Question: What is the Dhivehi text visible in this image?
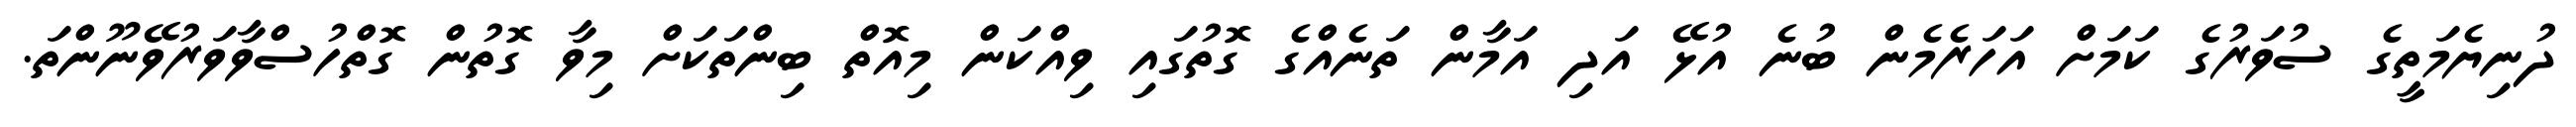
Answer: ދުނިޔެމަތީގެ ސުވަރުގެ ކަމަށް އަހަރެމެން ބުނެ އުޅޭ އަދި އަމާން ތަނެއްގެ ގޮތުގައި ވިއްކަން މިއޮތް ބިންތަކަށް މިވާ ގޮތުން ގޮތްހުސްވާވަރުވޭނޫންތަ.